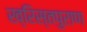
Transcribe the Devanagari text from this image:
ख्रिस्तपुराण